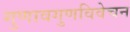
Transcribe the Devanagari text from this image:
गुणावगुणविवेचन